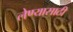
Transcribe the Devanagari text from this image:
लेण्यासाठी